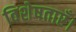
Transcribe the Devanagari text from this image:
विशेषताएँ।